Civil Veterinary Dept. Assam report 1911-1927 - 1911-1927
Year: 1911
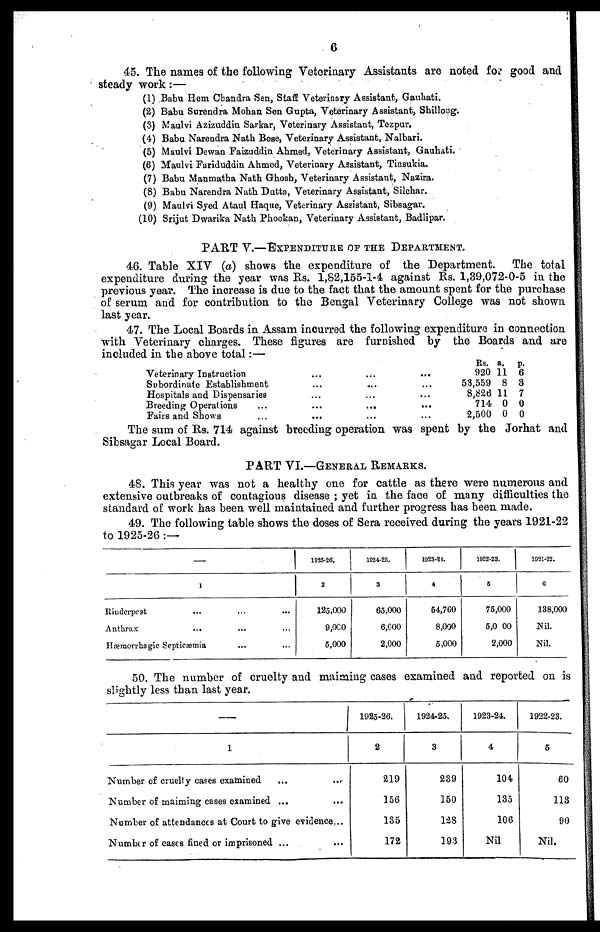
6
45. The names of the following Veterinary Assistants are noted for good and
steady work:—
(1) Babu Hem Chandra Sen, Staff Veterinary Assistant, Gauhbati.
(2) Babu Surendra Mohan Sen Gupta, Veterinary Assistant, Shillong.
(3) Maulvi Azizuddin Sarkar, Veterinary Assistant, Tezpur.
(4) Babu Narendra Nath Bose, Veterinary Assistant, Nalbari.
(5) Maulvi Dewan Faizuddin Ahmed, Veterinary Assistant, Gauhati,
(6) Maulvi Fariduddin Ahmed, Veterinary Assistant, Tinsukia.
(7) Babu Manmatha Nath Ghosh, Veterinary Assistant, Nazira.
(8) Babu Narendra Nath Dutta, Veterinary Assistant, Silchar.
(9) Maulvi Syed Ataul Haque, Veterinary Assistant, Sibsagar.
(10) Srijut Dwarika Nath Phookan, Veterinary Assistant, Badlipar.
PART V.—EXPENDITURE OF THE DEPARTMENT.
46. Table XIV (a) shows the expenditure of the Department. The total
expenditure during the year was Rs. 1,82,155-1-4 against Rs. 1,39,072-0-5 in the
previous year. The increase is due to the fact that the amount spent for the purchase
of serum and for contribution to the Bengal Veterinary College was not shown
last year.
47. The Local Boards in Assam incurred the following expenditure in connection
with Veterinary charges. These figures are furnished by the Boards and are
included in the above total:—
Veterinary Instruction
Subordinate Establishment
Hospitals and Dispensaries
Breeding Operations ...
Fairs and Shows ...
...
...
...
...
...
...
...
...
...
. . .
...
...
...
...
...
Rs.
920
53,559
8,826
714
2,500
a.
11
8
11
0
0
p.
6
3
7
0
0
The sum of Rs. 714 against breeding operation was spent by the Jorhat and
Sibsagar Local Board.
PART VI.—GENERAL REMARKS.
48. This year was not a healthy one for cattle as there were numerous and
extensive outbreaks of contagious disease ; yet in the face of many difficulties the
standard of work has been well maintained and further progress has been made.
49. The following table shows the doses of Sera received during the years 1921-22
to 1925-26 :—
—
1
Rinderpest
... ... ...
Anthrax
... ... ...
Hæmorrhagic Septicæmia ... ...
1925-26.
2
125,000
9,000
5,000
1924-25.
3
65,000
6,000
2,000
1023-21.
4
54,760
8,000
5,000
1922-23.
5
75,000
5,0 00
2,000
1921-22.
6
138,000
Nil.
Nil.
50. The number of cruelty and maiming cases examined and reported on is
slightly less than last year.
1
Number of cruelty cases examined ... ...
Number of maiming cases examined ... ...
Number of attendances at Court to give evidence ...
Number of cases fined or imprisoned ... ...
1925-26.
2
219
156
185
172
1924-25.
3
239
150
123
193
1923-24.
4
104.
135
106
Nil
1922-23.
5
60
113
90
Nil.